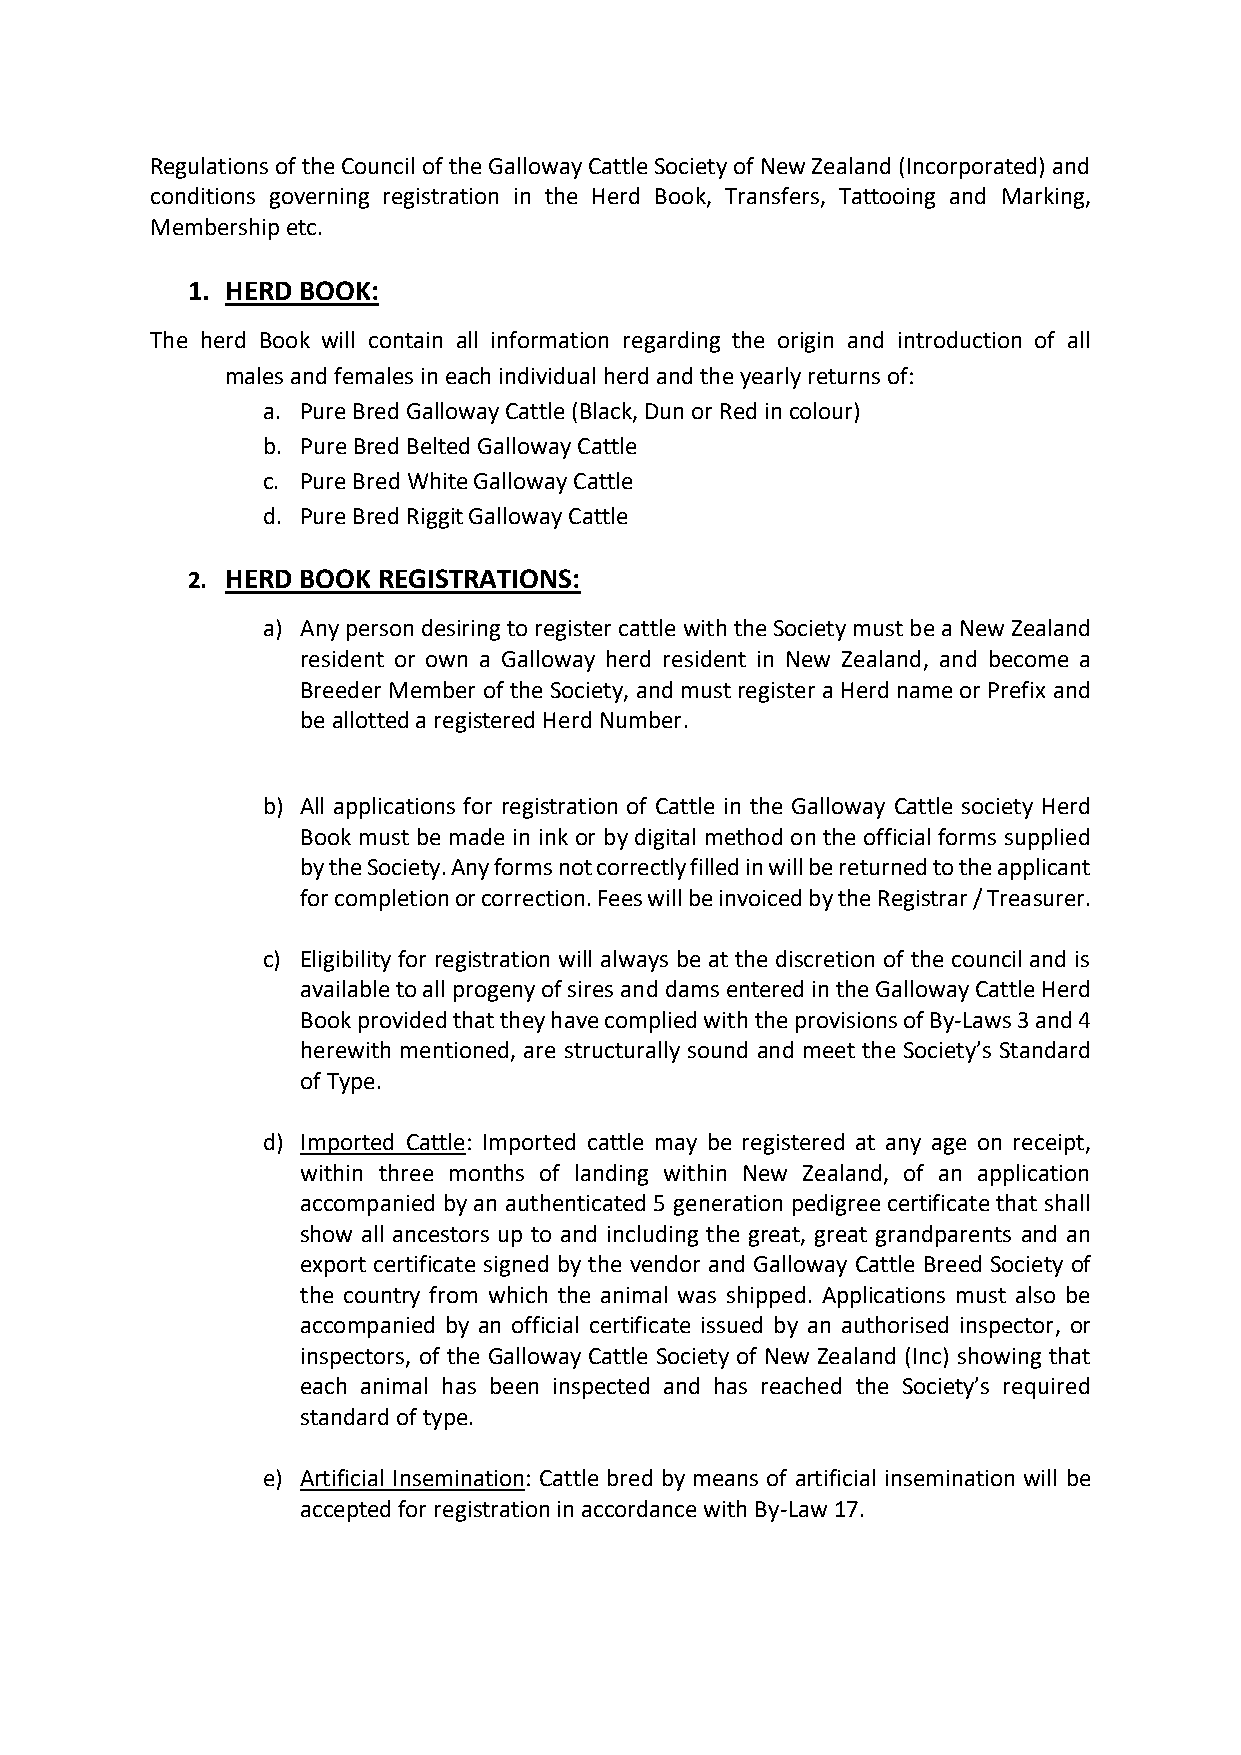
Regulations of the Council of the Galloway Cattle Society of New Zealand (Incorporated) and
 conditions governing registration in the Herd Book, Transfers, Tattooing and Marking,
 Membership etc.
 1. HERD BOOK:
 The herd Book will contain all information regarding the origin and introduction of all
 males and females in each individual herd and the yearly returns of:
 a. Pure Bred Galloway Cattle (Black, Dun or Red in colour)
 b. Pure Bred Belted Galloway Cattle
 c. Pure Bred White Galloway Cattle
 d. Pure Bred Riggit Galloway Cattle
 2. HERD BOOK REGISTRATIONS:
 a) Any person desiring to register cattle with the Society must be a New Zealand
 resident or own a Galloway herd resident in New Zealand, and become a
 Breeder Member of the Society, and must register a Herd name or Prefix and
 be allotted a registered Herd Number.
 b) All applications for registration of Cattle in the Galloway Cattle society Herd
 Book must be made in ink or by digital method on the official forms supplied
 by the Society. Any forms not correctly filled in will be returned to the applicant
 for completion or correction. Fees will be invoiced by the Registrar / Treasurer.
 c) Eligibility for registration will always be at the discretion of the council and is
 available to all progeny of sires and dams entered in the Galloway Cattle Herd
 Book provided that they have complied with the provisions of By-Laws 3 and 4
 herewith mentioned, are structurally sound and meet the Society’s Standard
 of Type.
 d) Imported Cattle: Imported cattle may be registered at any age on receipt,
 within three months of landing within New Zealand, of an application
 accompanied by an authenticated 5 generation pedigree certificate that shall
 show all ancestors up to and including the great, great grandparents and an
 export certificate signed by the vendor and Galloway Cattle Breed Society of
 the country from which the animal was shipped. Applications must also be
 accompanied by an official certificate issued by an authorised inspector, or
 inspectors, of the Galloway Cattle Society of New Zealand (Inc) showing that
 each animal has been inspected and has reached the Society’s required
 standard of type.
 e) Artificial Insemination: Cattle bred by means of artificial insemination will be
 accepted for registration in accordance with By-Law 17.